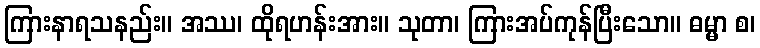
ကြားနာရသနည်း။ အဿ၊ ထိုရဟန်းအား။ သုတာ၊ ကြားအပ်ကုန်ပြီးသော။ ဓမ္မာ စ၊